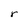
Character: r